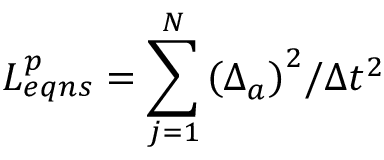
L _ { e q n s } ^ { p } = \sum _ { j = 1 } ^ { N } { { { \left( \Delta _ { a } \right) } ^ { 2 } } / \Delta { { t } ^ { 2 } } }